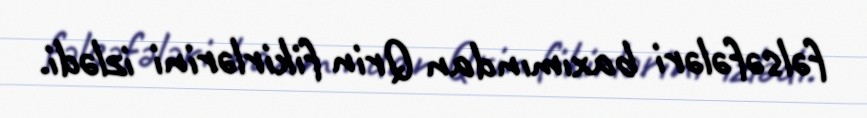
fəlsəfələri baxımından Qrin fikirlərini izlədi.